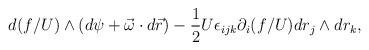
LaTeX: \begin{align*}d(f/U)\wedge (d\psi+\vec \omega\cdot d\vec r)-\frac{1}{2} U\epsilon_{ijk}\partial_i (f/U)dr_j \wedge dr_k ,\end{align*}